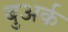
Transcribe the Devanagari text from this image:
बुअर्क